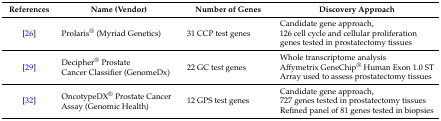
| References | Name (Vendor) | Number of Genes | Discovery Approach |
 | --- | --- | --- | --- |
 | [26] | Prolaris® (Myriad Genetics) | 31 CCP test genes | Candidate gene approach,126 cell cycle and cellular proliferation genes tested in prostatectomy tissues |
 | [29] | Decipher® ProstateCancer Classifier (GenomeDx) | 22 GC test genes | Whole transcriptome analysisAffymetrix GeneChip® Human Exon 1.0 ST Array used to assess prostatectomy tissues |
 | [32] | OncotypeDX® Prostate Cancer Assay (Genomic Health) | 12 GPS test genes | Candidate gene approach,727 genes tested in prostatectomy tissuesRefined panel of 81 genes tested in biopsies |